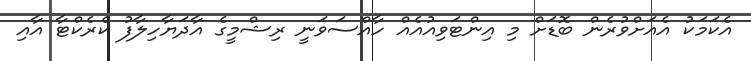
އެކަމަކު އެއަށްވުރެން ބޮޑަށް މި އިންޓަވިއުއެއް ހާއްސަވަނީ ރިޝްމީގެ އާދަޔާހިލާފު ކެރެކްޓާ އާއި